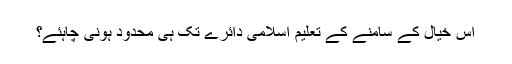
اس خیال کے سامنے کے تعلیم اسلامی دائرے تک ہی محدود ہونی چاہئے؟